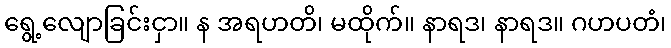
ရွေ့လျောခြင်းငှာ။ န အရဟတိ၊ မထိုက်။ နာရဒ၊ နာရဒ။ ဂဟပတံ၊